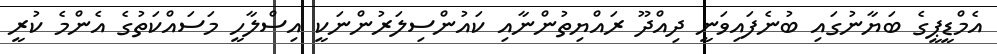
އެމްޑީޕީގެ ބަޔާނުގައި ބުނެފައިވަނީ ދިއްދޫ ރައްޔިތުންނާއި ކައުންސިލަރުންނަކީ އިސްލާހީ މަސައްކަތުގެ އެންމެ ކުރީ